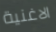
الاغنية